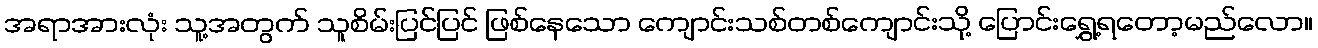
အရာအားလုံး သူ့အတွက် သူစိမ်းပြင်ပြင် ဖြစ်နေသော ကျောင်းသစ်တစ်ကျောင်းသို့ ပြောင်းရွှေ့ရတော့မည်လော။